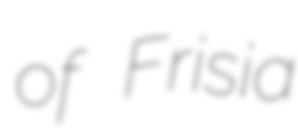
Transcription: of Frisia